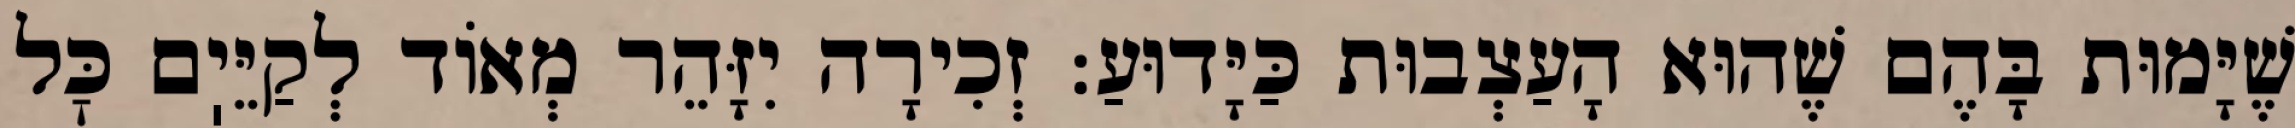
שֶׁיָּמוּת בָּהֶם שֶׁהוּא הָעַצְבוּת כַּיָּדוּעַ: זְכִירָה יִזָּהֵר מְאוֹד לְקַיֵּיֽם כׇּל